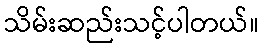
သိမ်းဆည်းသင့်ပါတယ်။